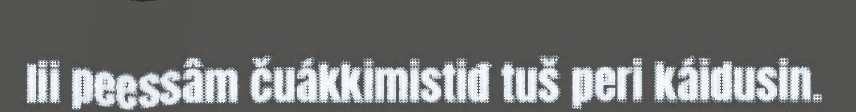
lii peessâm čuákkimistiđ tuš peri káidusin.